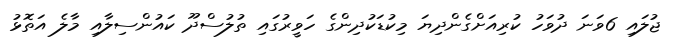
ޖުލައި 6ވަނަ ދުވަހު ކުރިއަށްގެންދިޔަ މިކުޑަކުދިންގެ ހަވީރުގައި ތުލުސްދޫ ކައުންސިލާއި މާލެ އަތޮޅު